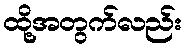
ထို့အတွက်လည်း